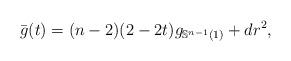
LaTeX: \begin{align*}\bar g(t)= (n-2)(2-2t)g_{\mathbb S^{n-1}(1)} +dr^2, \end{align*}